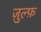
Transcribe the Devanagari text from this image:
ज़ुल्फ़